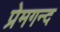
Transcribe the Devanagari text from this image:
प्रेमगन्द